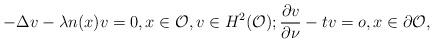
LaTeX: \begin{align*}-\Delta v - \lambda n(x)v =0, x \in \mathcal O, v\in H^2(\mathcal O); \frac{\partial v}{\partial \nu}-tv=o, x \in \partial \mathcal O,\end{align*}